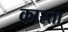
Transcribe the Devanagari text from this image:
कास्ता